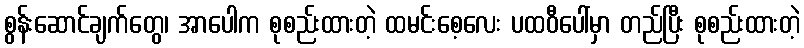
စွန်းဆောင်ချက်တွေ၊ အာပေါက စုစည်းထားတဲ့ ထမင်းစေ့လေး ပထဝီပေါ်မှာ တည်ပြီး စုစည်းထားတဲ့